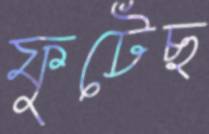
ফুটেছ